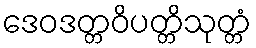
ဒေဝဒတ္တဝိပတ္တိသုတ္တံ